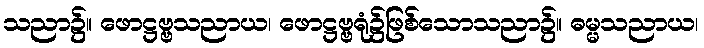
သညာ၌။ ဖောဋ္ဌဗ္ဗသညာယ၊ ဖောဋ္ဌဗ္ဗရုံ၌ဖြစ်သောသညာ၌။ ဓမ္မသညာယ၊